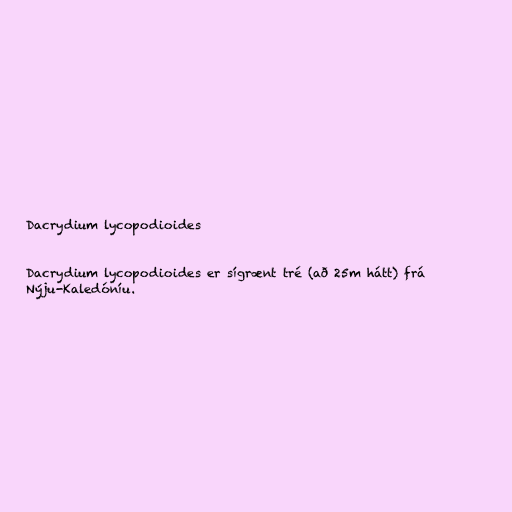
Dacrydium lycopodioides

Dacrydium lycopodioides er sígrænt tré (að 25m hátt) frá
Nýju-Kaledóníu.